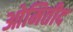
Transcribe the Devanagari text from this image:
ओमितीद